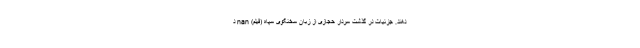
دهند. جزئیات در گذشت سردار حجازی از زبان سخنگوی سپاه (فیلم) nan د